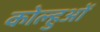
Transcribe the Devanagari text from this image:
कोल्हुओं